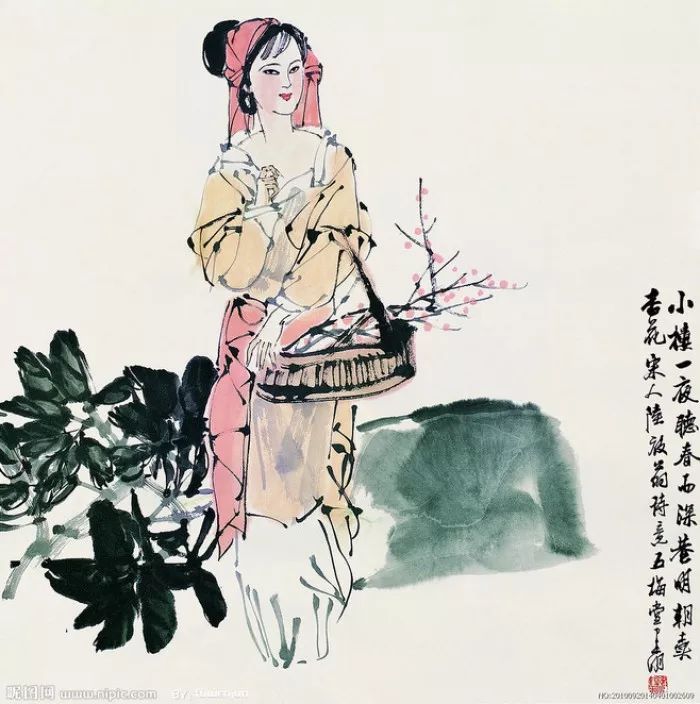
千里稻花应秀色，五更桐叶最佳音。